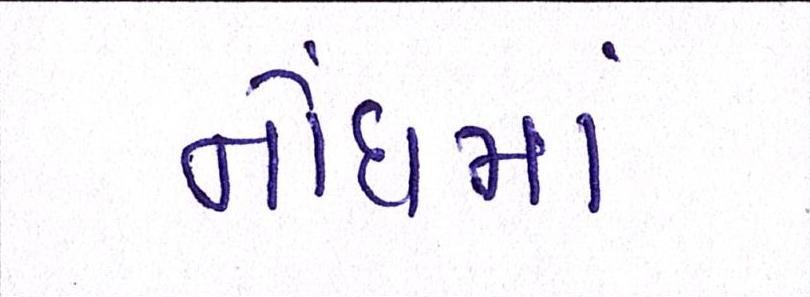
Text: નોંધમાં